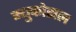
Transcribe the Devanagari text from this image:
म्युकोसल